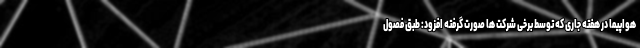
هواپیما در هفته جاری که توسط برخی شرکت ها صورت گرفته افزود: طبق فصول